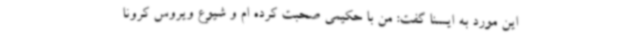
این مورد به ایسنا گفت: من با حکیمی صحبت کرده ام و شیوع ویروس کرونا